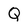
Character: Q